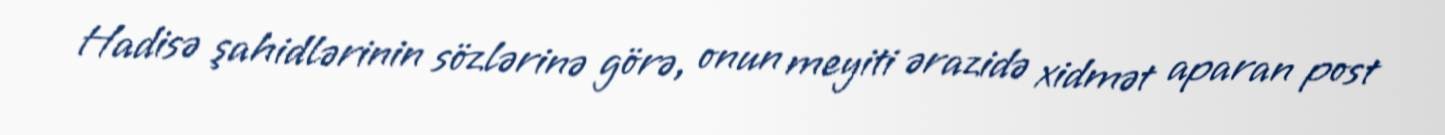
Hadisə şahidlərinin sözlərinə görə, onun meyiti ərazidə xidmət aparan post